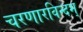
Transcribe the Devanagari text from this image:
चरणारविन्दम्